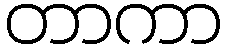
တာကာ